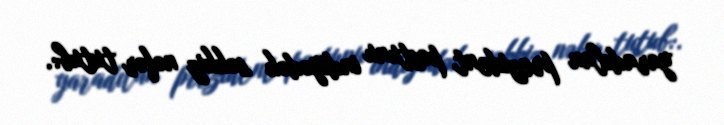
yaradılan prezident postunu indiyədək səkkiz nəfər tutub:.